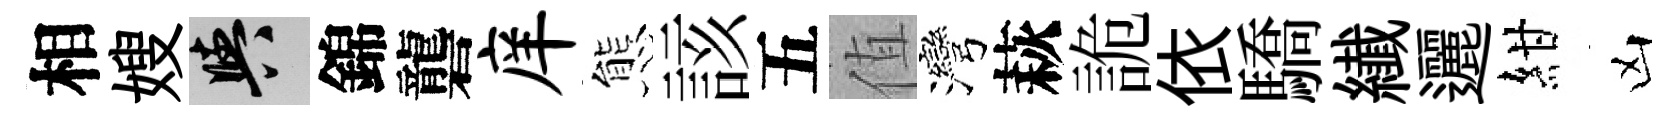
相嫂阳錦礱庠態該五值灣萩詭依驕纎邐紺凶